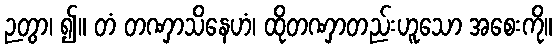
ဉတွာ၊ ၍။ တံ တဏှာသိနေဟံ၊ ထိုတဏှာတည်းဟူသော အစေးကို။